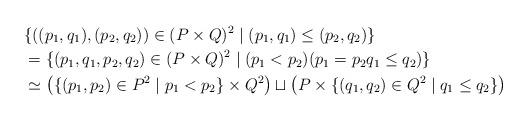
LaTeX: \begin{align*}&\{((p_1, q_1), (p_2, q_2))\in(P\times Q)^2\mid (p_1, q_1)\leq (p_2, q_2)\}\\&=\{(p_1, q_1, p_2, q_2)\in(P\times Q)^2 \mid (p_1<p_2)(p_1=p_2 q_1\leq q_2)\} \\&\simeq \left(\{(p_1, p_2)\in P^2\mid p_1<p_2\} \times Q^2\right) \sqcup \left( P \times \{(q_1,q_2) \in Q^2\mid q_1\leq q_2\}\right) \end{align*}